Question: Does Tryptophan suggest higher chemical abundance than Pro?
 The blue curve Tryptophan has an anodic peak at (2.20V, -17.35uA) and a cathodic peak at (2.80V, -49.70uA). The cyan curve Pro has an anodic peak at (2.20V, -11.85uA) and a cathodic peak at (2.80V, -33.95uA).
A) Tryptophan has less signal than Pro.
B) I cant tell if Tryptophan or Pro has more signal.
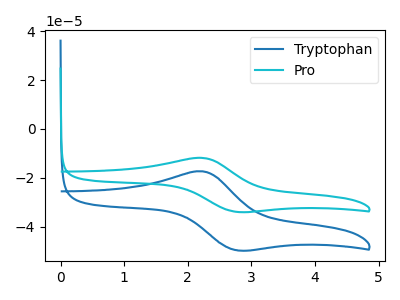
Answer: <think>All the peaks in "Tryptophan" have a peak in "Pro" at the same potential.
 </think>
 <answer>B) I cant tell if "Tryptophan" or "Pro" has more signal.</answer>
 <eval>B</eval>